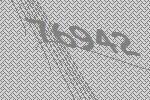
76942